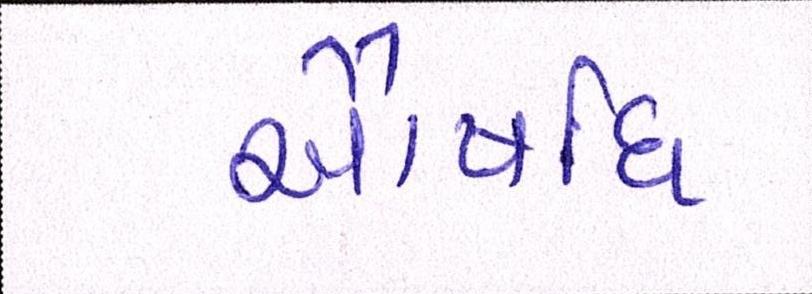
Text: ઔષધિ